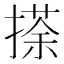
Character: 𢴉